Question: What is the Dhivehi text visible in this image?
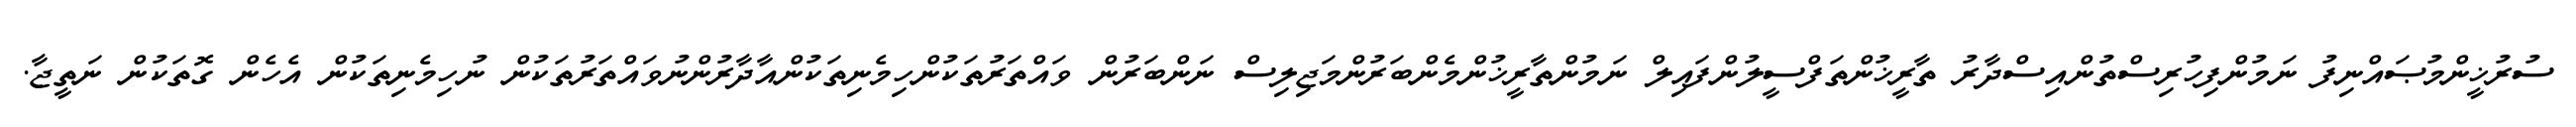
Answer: ސުރުޚީންމުޞައްނިފު ނަމުންފިހުރިސްތުންއިސްދާރު ތާރީޚުންތަފްސީލުންފައިލް ނަމުންތާރީޚުންމެންބަރުންމަޖިލިސް ނަންބަރުން ވައްތަރުތަކުންހިމެނިތަކުންއާދާރުންނުވައްތަރުތަކުން ނުހިމެނިތަކުން އެހެން ގޮތަކުން ނަތީޖާ.